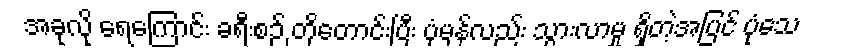
အခုလို ရေကြောင်း ခရီးစဉ် တိုတောင်းပြီး ပုံမှန်လည်း သွားလာမှု ရှိတဲ့အပြင် ပုံသေ